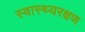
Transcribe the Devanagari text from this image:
स्वास्थ्यरक्षण